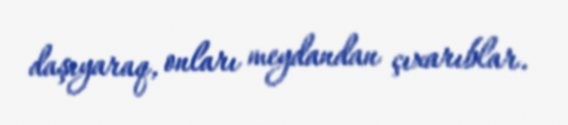
daşıyaraq, onları meydandan çıxarıblar.